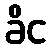
ခိင